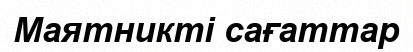
Маятникті сағаттар